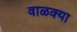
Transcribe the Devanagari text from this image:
वाळक्या